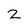
Character: 2